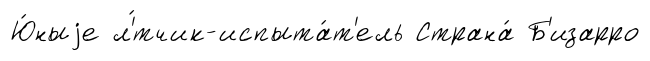
Ю́ныjе л'́тчик-испыта́т'ель Страна́ Б'изарро